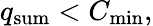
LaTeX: q_{\mathrm{sum}}<C_{\mathrm{min}},